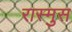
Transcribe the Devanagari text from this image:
रास्मुस